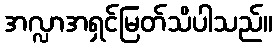
အလ္လာအရှင်မြတ်သိပါသည်။